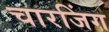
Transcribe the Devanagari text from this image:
चारजिंग